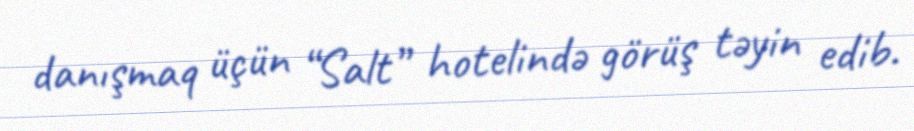
danışmaq üçün “Salt” hotelində görüş təyin edib.